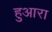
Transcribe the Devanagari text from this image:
हुआरा